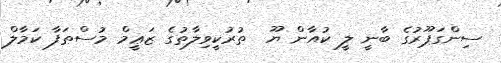
ސިންގަޕޫރުގެ ބާނީ ލީ ކުއާން ޔޫ  ތުރުކީވިލާތުގެ ޒަޢީމް މުސްޠަފާ ކަމާލް